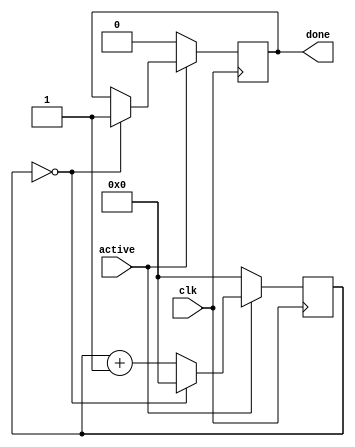
module Delay #(parameter mhz=50,ms=0)(
	input clk,
	input active,
	output reg done = 0
);
	reg [31:0] count = 0;

	always @(posedge clk)
		if (active)
			begin
				if (count == mhz * 1000 * ms)
					begin
						count <= 0;
						done <= 1;
					end
				else count <= count + 1;
			end
		else
			begin
				count <= 0;
				done <= 0;
			end
		
endmodule